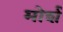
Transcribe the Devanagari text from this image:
मोर्श